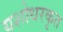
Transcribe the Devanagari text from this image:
यशोधरकृत